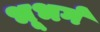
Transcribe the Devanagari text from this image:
भूभर्ग